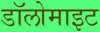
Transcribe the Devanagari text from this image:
डॉलोमाइट